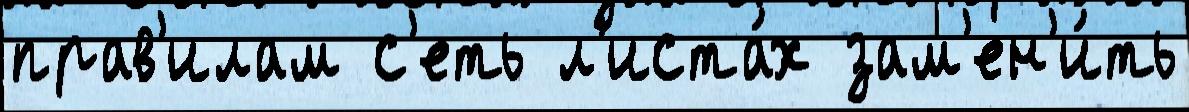
прав'илам с'еть л'иста́х зам'ен'и́ть